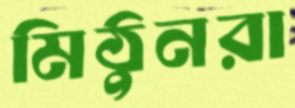
মিঠুনরা